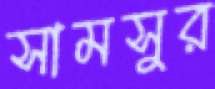
সামসুর